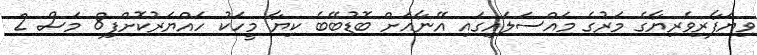
ވިޔަފާރިވެރިޔާގެ މަރުގެ މައްސަލައިގައި އޭނާއަށް ބޮޑުބޭބެ ކިޔާ މީހަކު ހައްޔަރުކޮށްފި8 މަސް 2